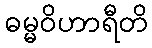
ဓမ္မဝိဟာရီတိ